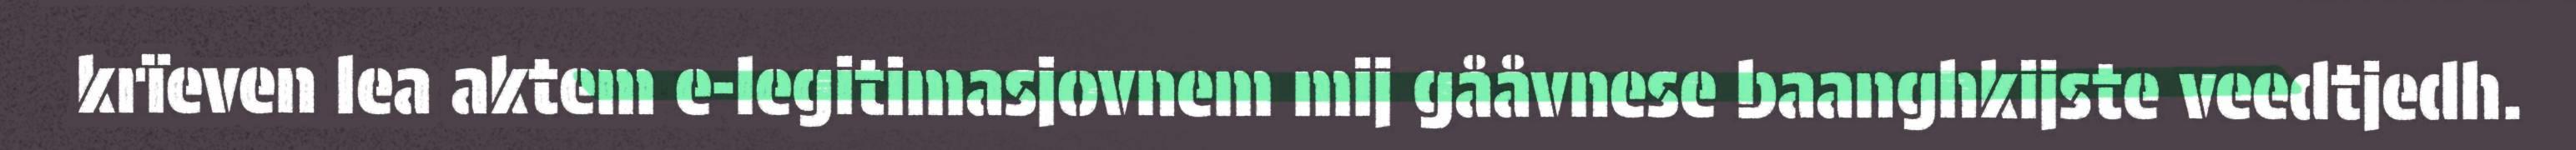
krïeven lea aktem e-legitimasjovnem mij gååvnese baanghkijste veedtjedh.